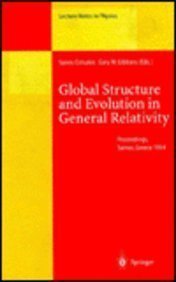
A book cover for Global Structure and Evolution in General Relativity: Proceedings of the First Samos Meeting on Cosmology, Geometry and Relativity Held at Karlovassi, ... 5-7 September 1994 (Lecture Notes in Physics); Science & Math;